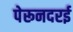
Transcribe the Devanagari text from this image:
पेरूनदरई